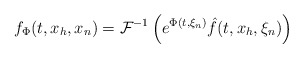
\begin{align*}f_\Phi(t,x_h,x_n)=\mathcal {F}^{-1}\left(e^{\Phi(t,\xi_n)}\hat{f}(t,x_h,\xi_n)\right)\end{align*}